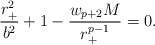
\begin{align*}{{r_+^2}\over{b^2}} +1 - {{w_{p+2} M}\over{r_+^{p-1}}} = 0.\end{align*}